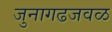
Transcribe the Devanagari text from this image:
जुनागढजवळ